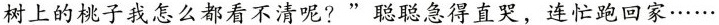
树上的桃子我怎么都看不清呢?”聪聪急得直哭，连忙跑回家……